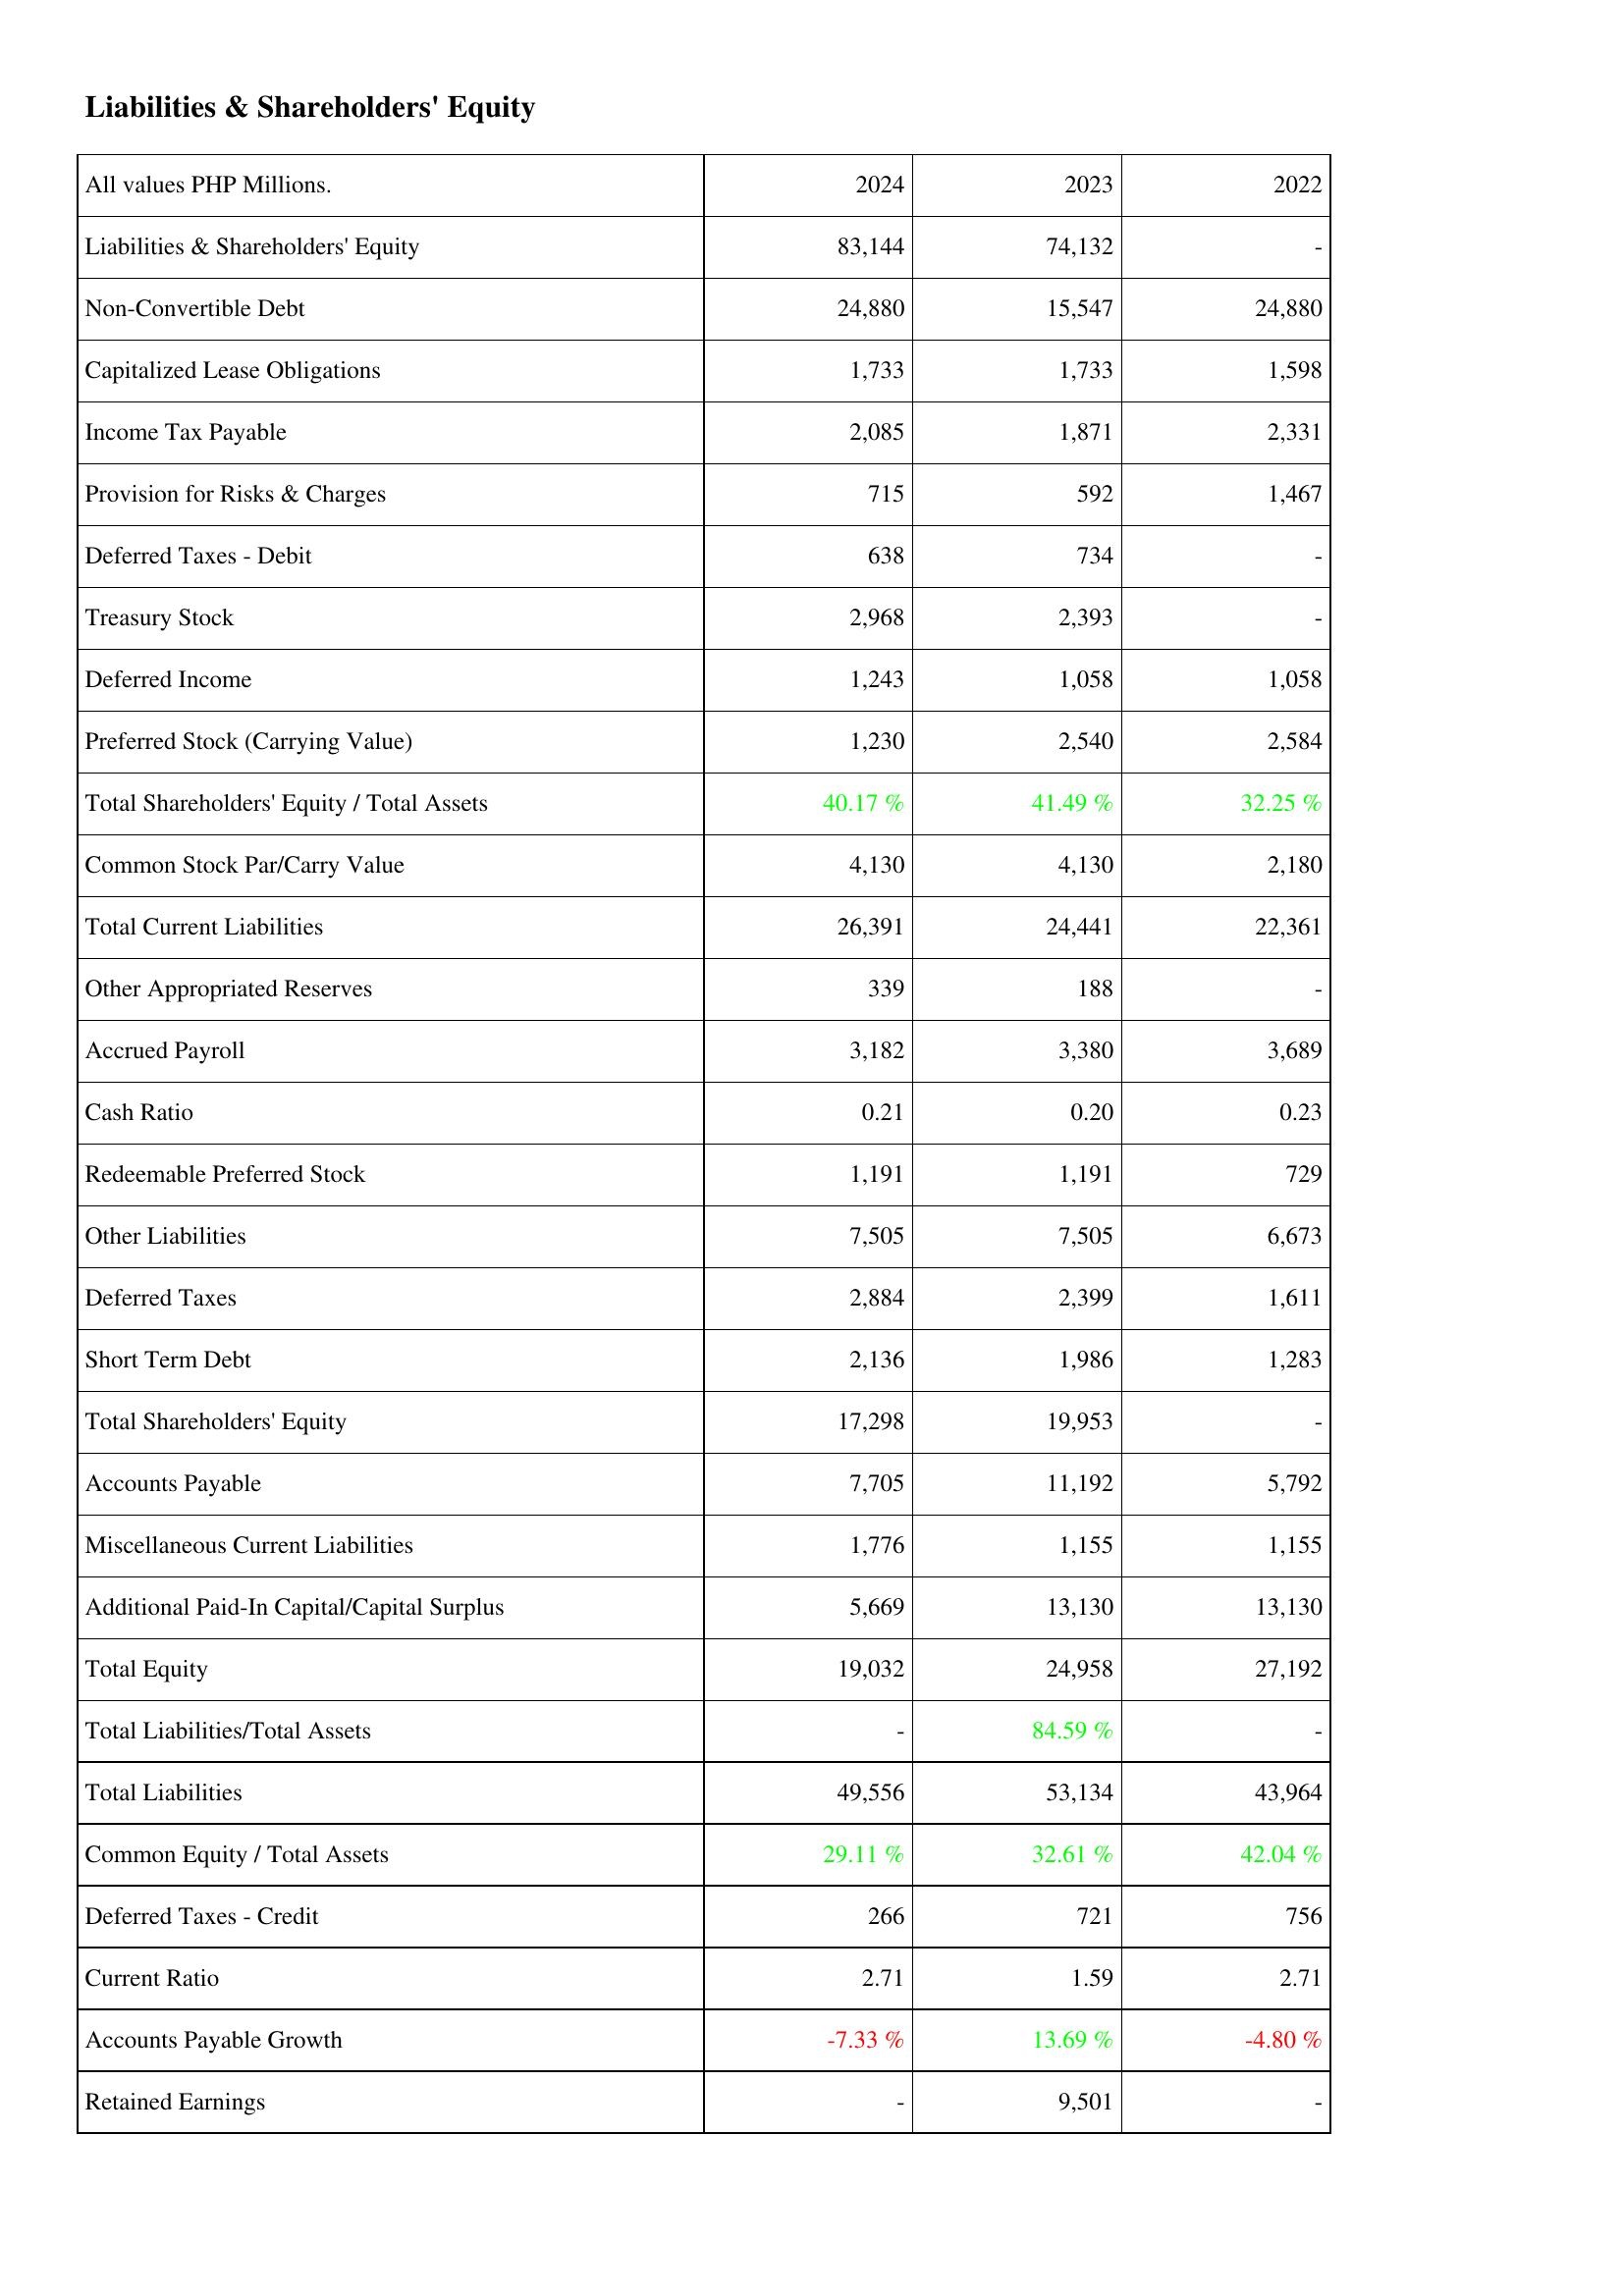
2024: Liabilities & Shareholders' Equity: Liabilities & Shareholders' Equity: 83,144
Non-Convertible Debt: 24,880
Capitalized Lease Obligations: 1,733
Income Tax Payable: 2,085
Provision for Risks & Charges: 715
Deferred Taxes - Debit: 638
Treasury Stock: 2,968
Deferred Income: 1,243
Preferred Stock (Carrying Value): 1,230
Total Shareholders' Equity / Total Assets: 40.17 %
Common Stock Par/Carry Value: 4,130
Total Current Liabilities: 26,391
Other Appropriated Reserves: 339
Accrued Payroll: 3,182
Cash Ratio: 0.21
Redeemable Preferred Stock: 1,191
Other Liabilities: 7,505
Deferred Taxes: 2,884
Short Term Debt: 2,136
Total Shareholders' Equity: 17,298
Accounts Payable: 7,705
Miscellaneous Current Liabilities: 1,776
Additional Paid-In Capital/Capital Surplus: 5,669
Total Equity: 19,032
Total Liabilities/Total Assets: -
Total Liabilities: 49,556
Common Equity / Total Assets: 29.11 %
Deferred Taxes - Credit: 266
Current Ratio: 2.71
Accounts Payable Growth: -7.33 %
Retained Earnings: -
2023: Liabilities & Shareholders' Equity: Liabilities & Shareholders' Equity: 74,132
Non-Convertible Debt: 15,547
Capitalized Lease Obligations: 1,733
Income Tax Payable: 1,871
Provision for Risks & Charges: 592
Deferred Taxes - Debit: 734
Treasury Stock: 2,393
Deferred Income: 1,058
Preferred Stock (Carrying Value): 2,540
Total Shareholders' Equity / Total Assets: 41.49 %
Common Stock Par/Carry Value: 4,130
Total Current Liabilities: 24,441
Other Appropriated Reserves: 188
Accrued Payroll: 3,380
Cash Ratio: 0.20
Redeemable Preferred Stock: 1,191
Other Liabilities: 7,505
Deferred Taxes: 2,399
Short Term Debt: 1,986
Total Shareholders' Equity: 19,953
Accounts Payable: 11,192
Miscellaneous Current Liabilities: 1,155
Additional Paid-In Capital/Capital Surplus: 13,130
Total Equity: 24,958
Total Liabilities/Total Assets: 84.59 %
Total Liabilities: 53,134
Common Equity / Total Assets: 32.61 %
Deferred Taxes - Credit: 721
Current Ratio: 1.59
Accounts Payable Growth: 13.69 %
Retained Earnings: 9,501
2022: Liabilities & Shareholders' Equity: Liabilities & Shareholders' Equity: -
Non-Convertible Debt: 24,880
Capitalized Lease Obligations: 1,598
Income Tax Payable: 2,331
Provision for Risks & Charges: 1,467
Deferred Taxes - Debit: -
Treasury Stock: -
Deferred Income: 1,058
Preferred Stock (Carrying Value): 2,584
Total Shareholders' Equity / Total Assets: 32.25 %
Common Stock Par/Carry Value: 2,180
Total Current Liabilities: 22,361
Other Appropriated Reserves: -
Accrued Payroll: 3,689
Cash Ratio: 0.23
Redeemable Preferred Stock: 729
Other Liabilities: 6,673
Deferred Taxes: 1,611
Short Term Debt: 1,283
Total Shareholders' Equity: -
Accounts Payable: 5,792
Miscellaneous Current Liabilities: 1,155
Additional Paid-In Capital/Capital Surplus: 13,130
Total Equity: 27,192
Total Liabilities/Total Assets: -
Total Liabilities: 43,964
Common Equity / Total Assets: 42.04 %
Deferred Taxes - Credit: 756
Current Ratio: 2.71
Accounts Payable Growth: -4.80 %
Retained Earnings: -